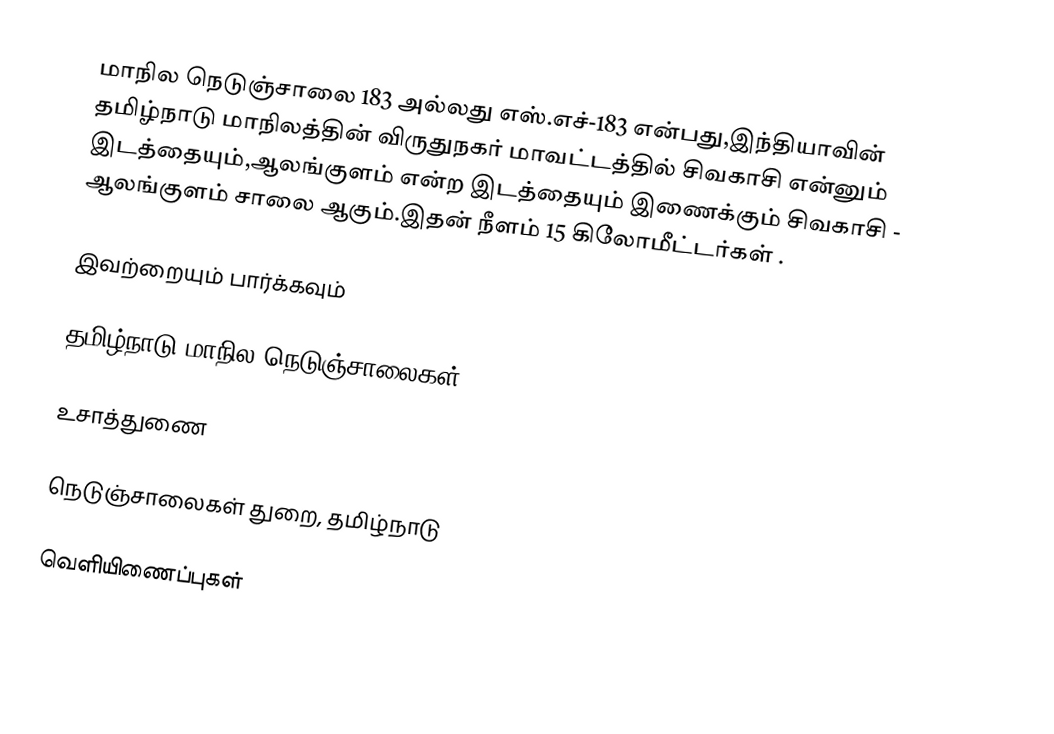
மாநில நெடுஞ்சாலை 183 அல்லது எஸ்.எச்-183  என்பது,இந்தியாவின் தமிழ்நாடு மாநிலத்தின்  விருதுநகர் மாவட்டத்தில்  சிவகாசி  என்னும் இடத்தையும்,ஆலங்குளம்  என்ற இடத்தையும் இணைக்கும் சிவகாசி - ஆலங்குளம் சாலை ஆகும்.இதன் நீளம் 15  கிலோமீட்டர்கள் .

இவற்றையும் பார்க்கவும்

 தமிழ்நாடு மாநில நெடுஞ்சாலைகள்

உசாத்துணை

 நெடுஞ்சாலைகள் துறை, தமிழ்நாடு

வெளியிணைப்புகள்